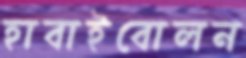
হাবাইবোলন